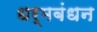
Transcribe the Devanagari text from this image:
धर्मबंधन